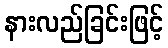
နားလည်ခြင်းဖြင့်